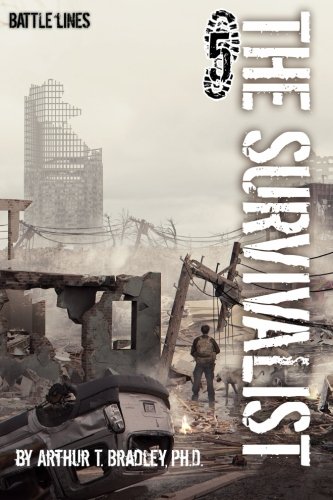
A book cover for The Survivalist (Battle Lines); Dr. Arthur T Bradley; Science Fiction & Fantasy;